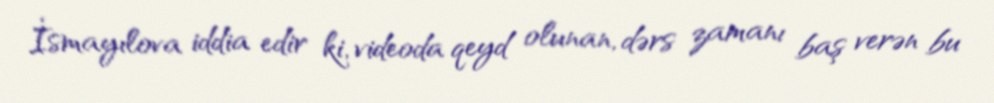
İsmayılova iddia edir ki, videoda qeyd olunan, dərs zamanı baş verən bu